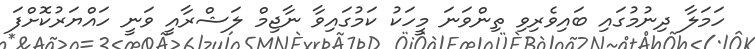
ހަމަލާ ދިނުމުގައި ބައިވެރިވި ތިންވަނަ މީހަކު ކަމުގައިވާ ނާޖިމް ލަޝްރާއީ ވަނީ ހައްޔަރުކޮށްފަ